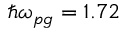
\hbar \omega _ { p g } = 1 . 7 2